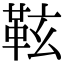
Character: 䩙